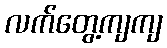
လက်တွေ့ကျကျ